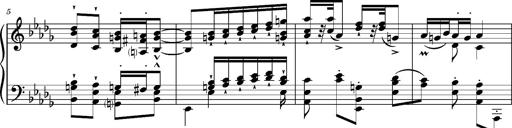
Title: Magyar Tempo
Composer: Franz Liszt
Key: D-flat major